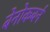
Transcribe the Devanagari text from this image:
बेनोकबर्न